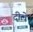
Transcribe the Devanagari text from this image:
दीले